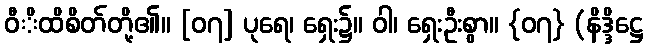
ဝီိထိစိတ်တို့၏။ [၀၇] ပုရေ၊ ရှေး၌။ ဝါ၊ ရှေးဦးစွာ။ {၀၇} (နိဒ္ဒိဋ္ဌေ